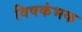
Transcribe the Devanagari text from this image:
विषकंभक